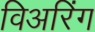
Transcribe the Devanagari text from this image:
विअरिंग